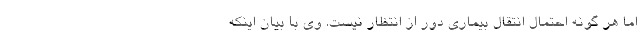
اما هر گونه احتمال انتقال بیماری دور از انتظار نیست. وی با بیان اینکه